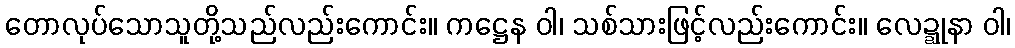
တောလုပ်သောသူတို့သည်လည်းကောင်း။ ကဋ္ဌေန ဝါ၊ သစ်သားဖြင့်လည်းကောင်း။ လေဍ္ဍုနာ ဝါ၊